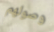
وصولهم